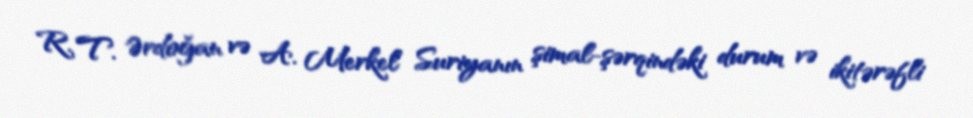
R. T. Ərdoğan və A. Merkel Suriyanın şimal-şərqindəki durum və ikitərəfli